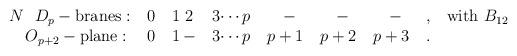
LaTeX: \begin{align*}\begin{tabular}{llllllll}$N\ \ D_{p}-\mathrm{branes}:$ & 0 & 1\thinspace \thinspace 2 & 3$\cdots p$ &\quad $-$ & \quad $-$ & \quad $-$ & ,$\quad \mathrm{with}\ B_{12}$ \\$\quad O_{p+2}-\mathrm{plane}:$ & 0 & 1$\,-$ & 3$\cdots p$ & $p+1$ & $p+2$ &$p+3$ & .\end{tabular}\end{align*}